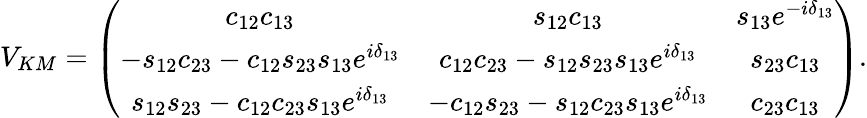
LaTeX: V_{KM}=\left(\begin{array}{ccc}{{c_{12}c_{13}}}&{{s_{12}c_{13}}}&{{s_{13}e^{-i\delta_{13}}}}\\ {{-s_{12}c_{23}-c_{12}s_{23}s_{13}e^{i\delta_{13}}}}&{{c_{12}c_{23}-s_{12}s_{23}s_{13}e^{i\delta_{13}}}}&{{s_{23}c_{13}}}\\ {{s_{12}s_{23}-c_{12}c_{23}s_{13}e^{i\delta_{13}}}}&{{-c_{12}s_{23}-s_{12}c_{23}s_{13}e^{i\delta_{13}}}}&{{c_{23}c_{13}}}\end{array}\right).